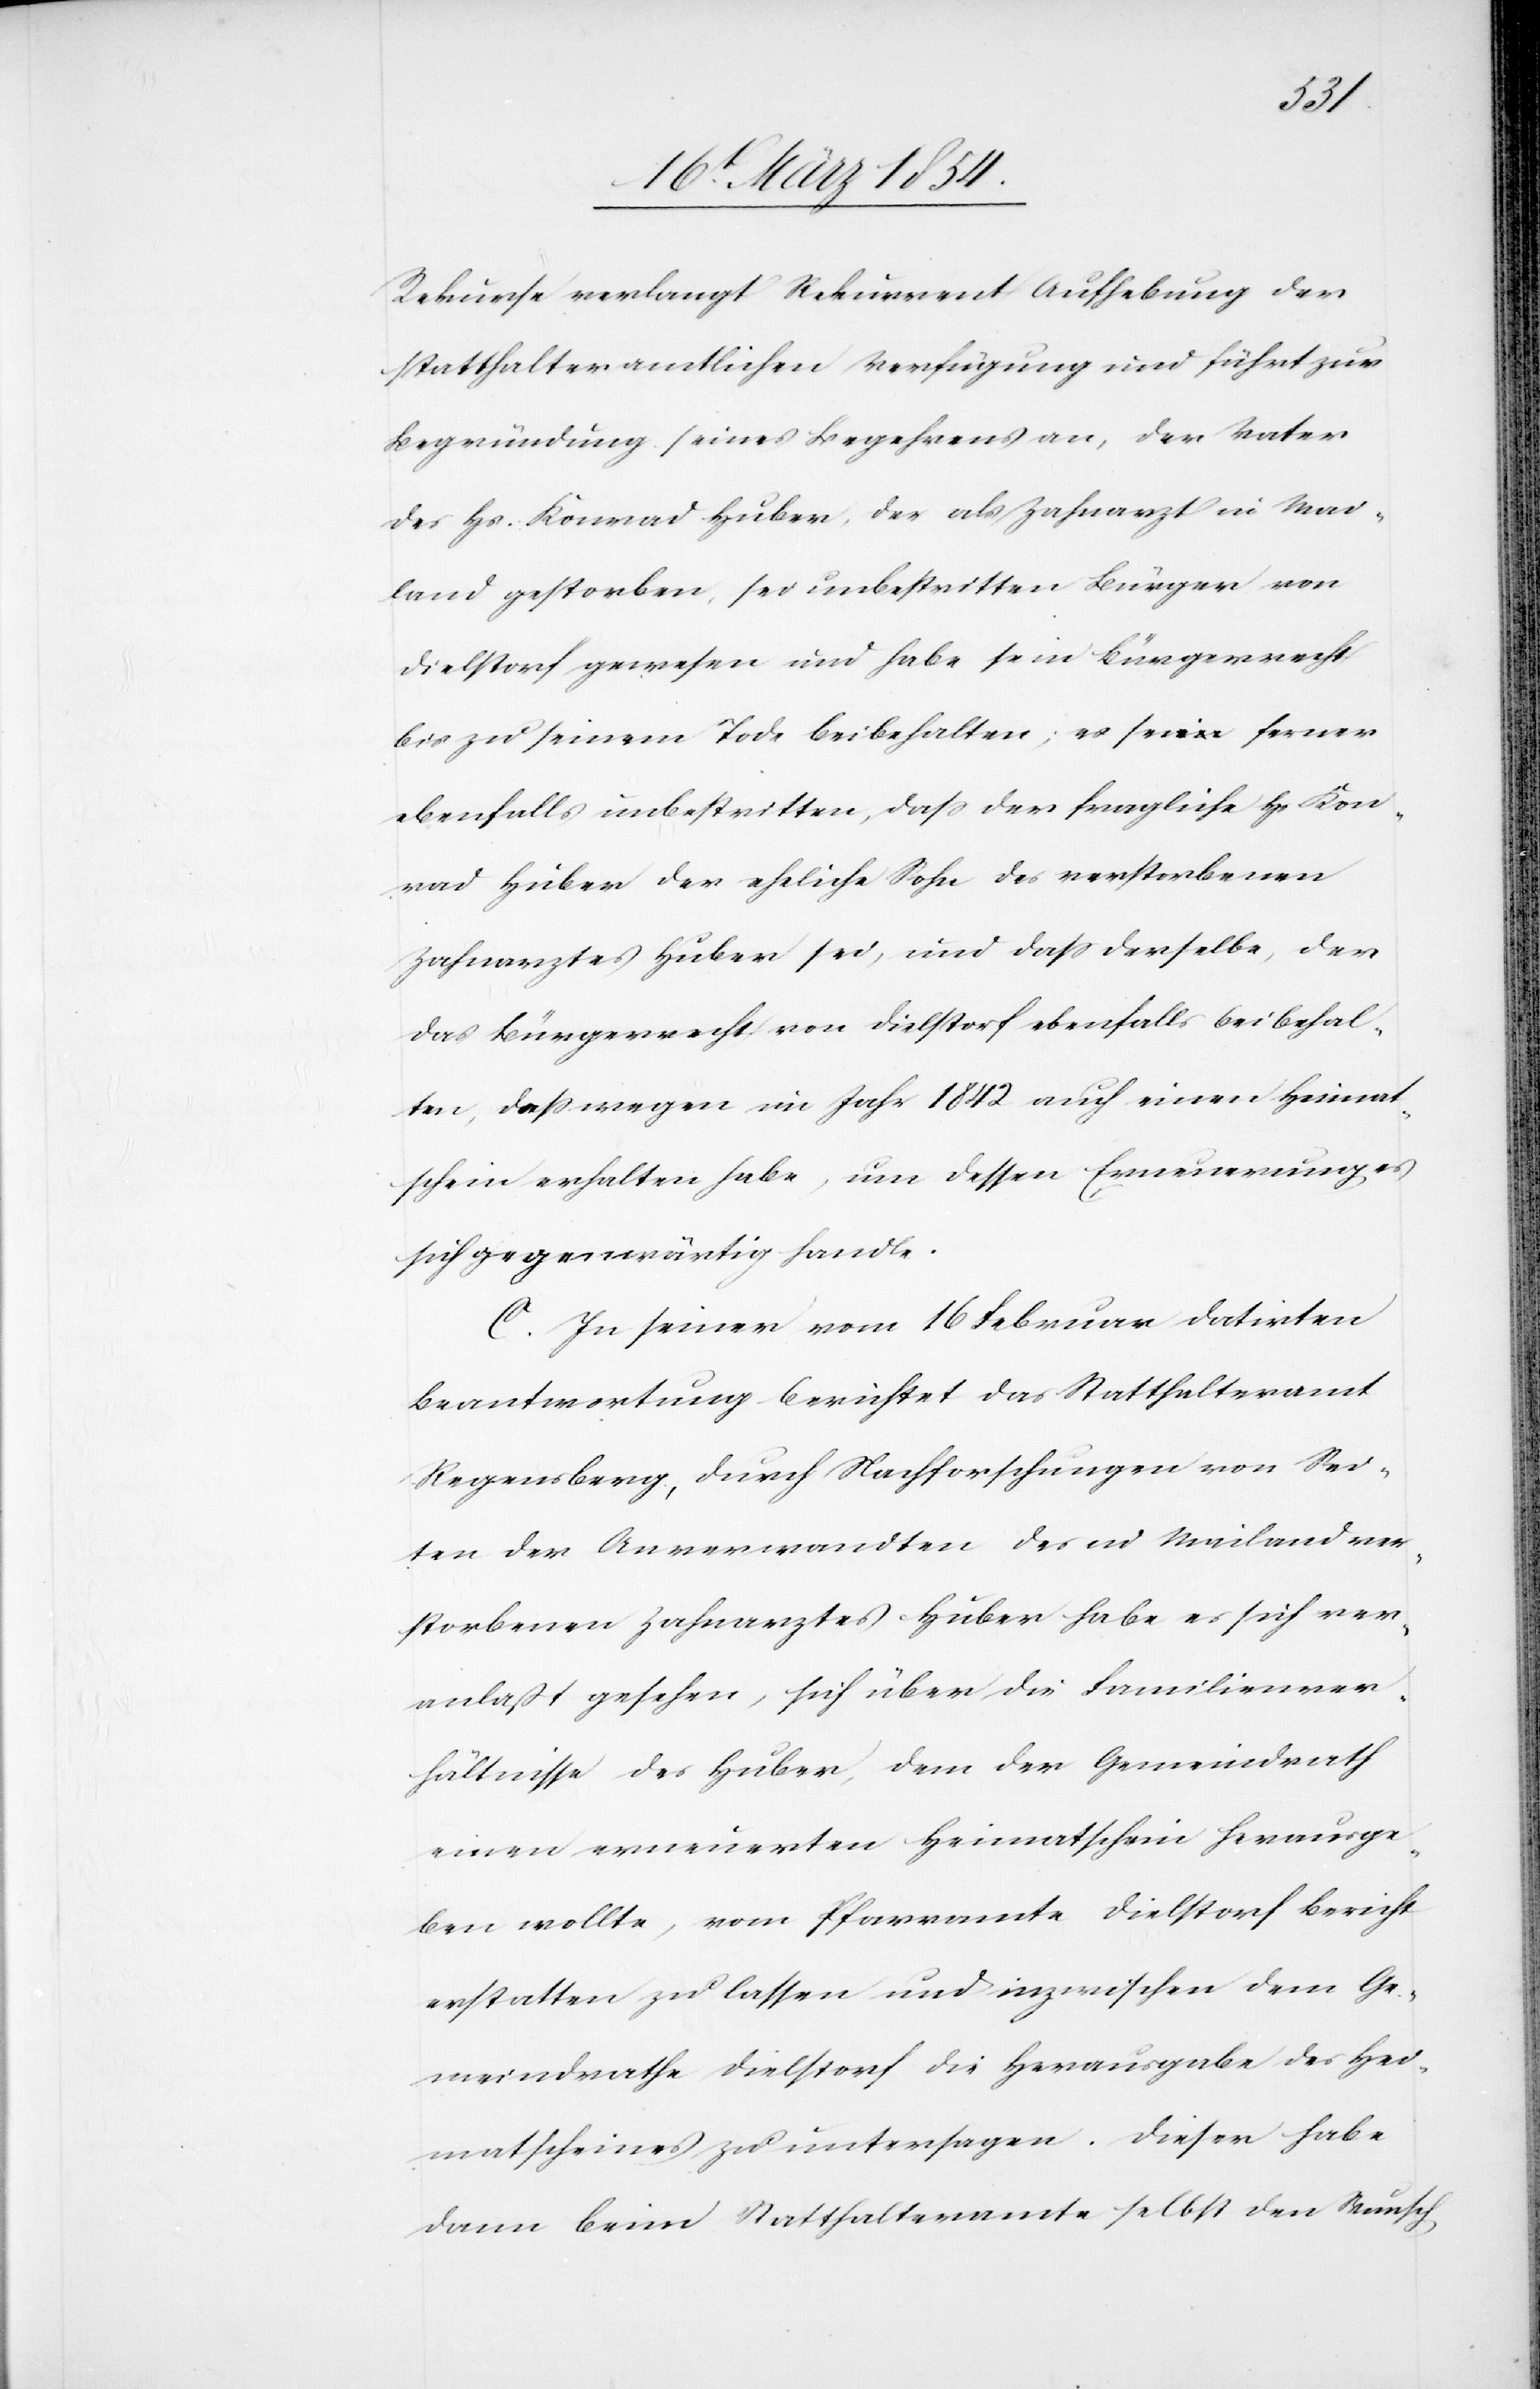
Rekurse verlangt Rekurrent Aufhebung der
statthalteramtlichen Verfügung und führt zur
Begründung seines Begehrens an, der Vater
des Hs. Konrad Huber, der als Zahnarzt in Mai¬
land gestorben, sei unbestritten Bürger von
Dielstorf gewesen und habe sein Bürgerrecht
bis zu seinem Tode beibehalten; es sei ferner
ebenfalls unbestritten, daß der fragliche Hs. Kon¬
rad Huber der eheliche Sohn des verstorbenen
Zahnarztes Huber sei, und daß derselbe, der
das Bürgerrecht von Dielstorf ebenfalls beibehal¬
ten, deßwegen im Jahr 1842 auch einen Heimat¬
schein erhalten habe, um dessen Erneuerung es
sich gegenwärtig handle.
C. In seiner vom 16 Februar datirten
Beantwortung berichtet das Statthalteramt
Regensberg, durch Nachforschungen von Sei¬
ten der Anverwandten des in Mailand ver¬
storbenen Zahnarztes Huber habe es sich ver¬
anlaßt gesehen, sich über die Familienver¬
hältnisse des Huber, dem der Gemeindrath
einen erneuerten Heimatschein herausge¬
ben wollte, vom Pfarramte Dielstorf Bericht
erstatten zu lassen und inzwischen dem Ge¬
meindrathe Dielstorf die Herausgabe des Hei¬
matscheines zu untersagen. Dieser habe
dann beim Statthalteramtes selbst den Wunsch